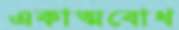
একাত্মবোধ